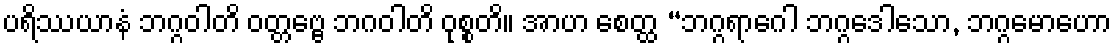
ပရိဿယာနံ ဘဂ္ဂဝါတိ ဝတ္တဗ္ဗေ ဘဂဝါတိ ဝုစ္စတိ။ အာဟ စေတ္ထ “ဘဂ္ဂရာဂေါ ဘဂ္ဂဒေါသော, ဘဂ္ဂမောဟော